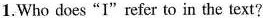
1.Who does “I"refer to in the text?